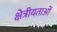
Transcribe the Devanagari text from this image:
क्षेत्रीयताओं